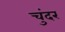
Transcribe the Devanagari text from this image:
चुंदर